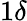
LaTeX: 1\delta